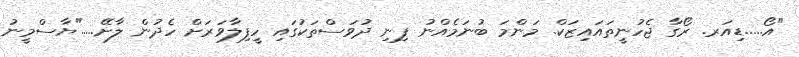
"އޯ.....ޑިއަރ. ރޯގާ ޖެހުނީތައައިޒަކް. މަންމަ ބުނަމެއްނު ފިނި ދުވަސްތަކުގައި ހީފިލާވަރަށް ހެދުން ލާށޭ....."ޔާސްމީނު